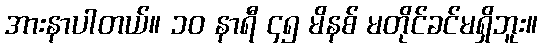
အားနာပါတယ်။ ၁၀ နာရီ ၄၅ မိနစ် မတိုင်ခင်မရှိဘူး။